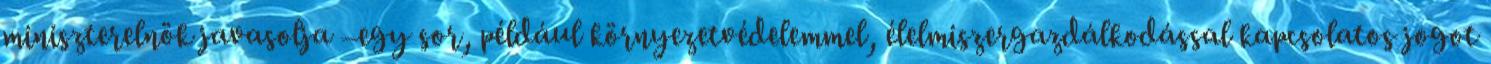
miniszterelnök javasolja –egy sor, például környezetvédelemmel, élelmiszergazdálkodással kapcsolatos jogot